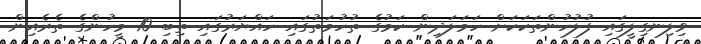
ވިލިނގިލީގައި ފުލުހުންތަކަކަށް ހަމަލަދިން ކަމުގެ ތުހުމަތުގައި ހައްޔަރުގައި ތިބި 10 މީހުންގެ ތެރެއިން